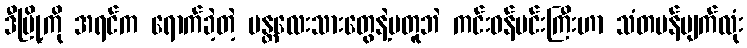
ဒီမြို့ကို အရင်က ရောက်ခဲ့တဲ့ မန္တလေးသားတွေနဲ့မတူဘဲ ကင်းဝန်မင်းကြီးဟာ သံတမန်မျက်လုံး